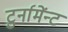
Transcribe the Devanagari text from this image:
टुर्नामेंन्ट